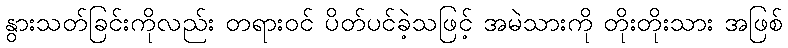
နွားသတ်ခြင်းကိုလည်း တရားဝင် ပိတ်ပင်ခဲ့သဖြင့် အမဲသားကို တိုးတိုးသား အဖြစ်